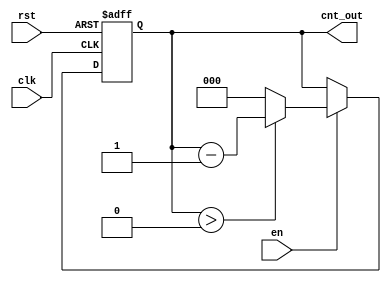
module down_counter_moore #(
    parameter N = 3  // Number of bits (maximum count = 2^N - 1)
) (
    input wire clk,      // Clock input
    input wire rst,      // Asynchronous reset
    input wire en,       // Enable signal
    output reg [N-1:0] cnt_out // Count output
);

    // Initial state (maximum count)
    localparam MAX_COUNT = (1 << N) - 1; // 2^N - 1

    // Sequential logic for state transitions
    always @(posedge clk or posedge rst) begin
        if (rst) begin
            cnt_out <= MAX_COUNT; // Reset to maximum count
        end else if (en) begin
            if (cnt_out > 0) begin
                cnt_out <= cnt_out - 1; // Decrement count
            end else begin
                cnt_out <= 0; // Stay at 0 if already at 0
            end
        end
    end

endmodule